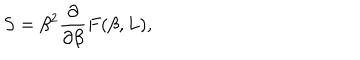
S = \beta ^ { 2 } \frac \partial { \partial \beta } F ( \beta , L ) ,